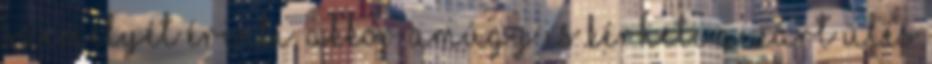
személyét érinti, akkor amúgy is kérheti a zárt ülés